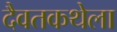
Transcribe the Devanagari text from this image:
दैवतकथेला